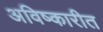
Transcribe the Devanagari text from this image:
अविष्कारीत